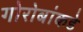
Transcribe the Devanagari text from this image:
गोरोबांकडे